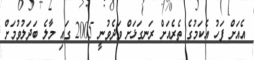
އެއަށް ފަހު އެކަމުގެ ތެރެއަށް ރަނގަޅަށް ވަދެވުނީ 2005 ގައި މާލެ ބަދަލުވުމަށް